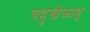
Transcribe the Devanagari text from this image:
बहुखेळाडू